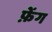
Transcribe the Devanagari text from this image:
फ़ेंग